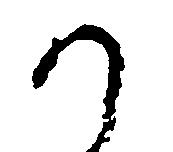
か